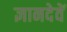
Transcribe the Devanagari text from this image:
ज्ञानदेवें